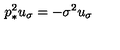
p _ { * } ^ { 2 } u _ { \sigma } = - \sigma ^ { 2 } u _ { \sigma }